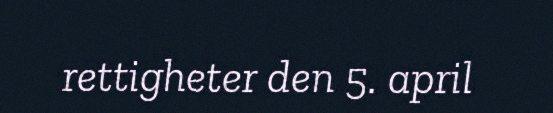
rettigheter den 5. april